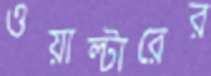
ওয়াল্টারের